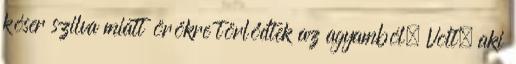
kóser szilva miatt örökre törlődtek az agyamból. Volt, aki